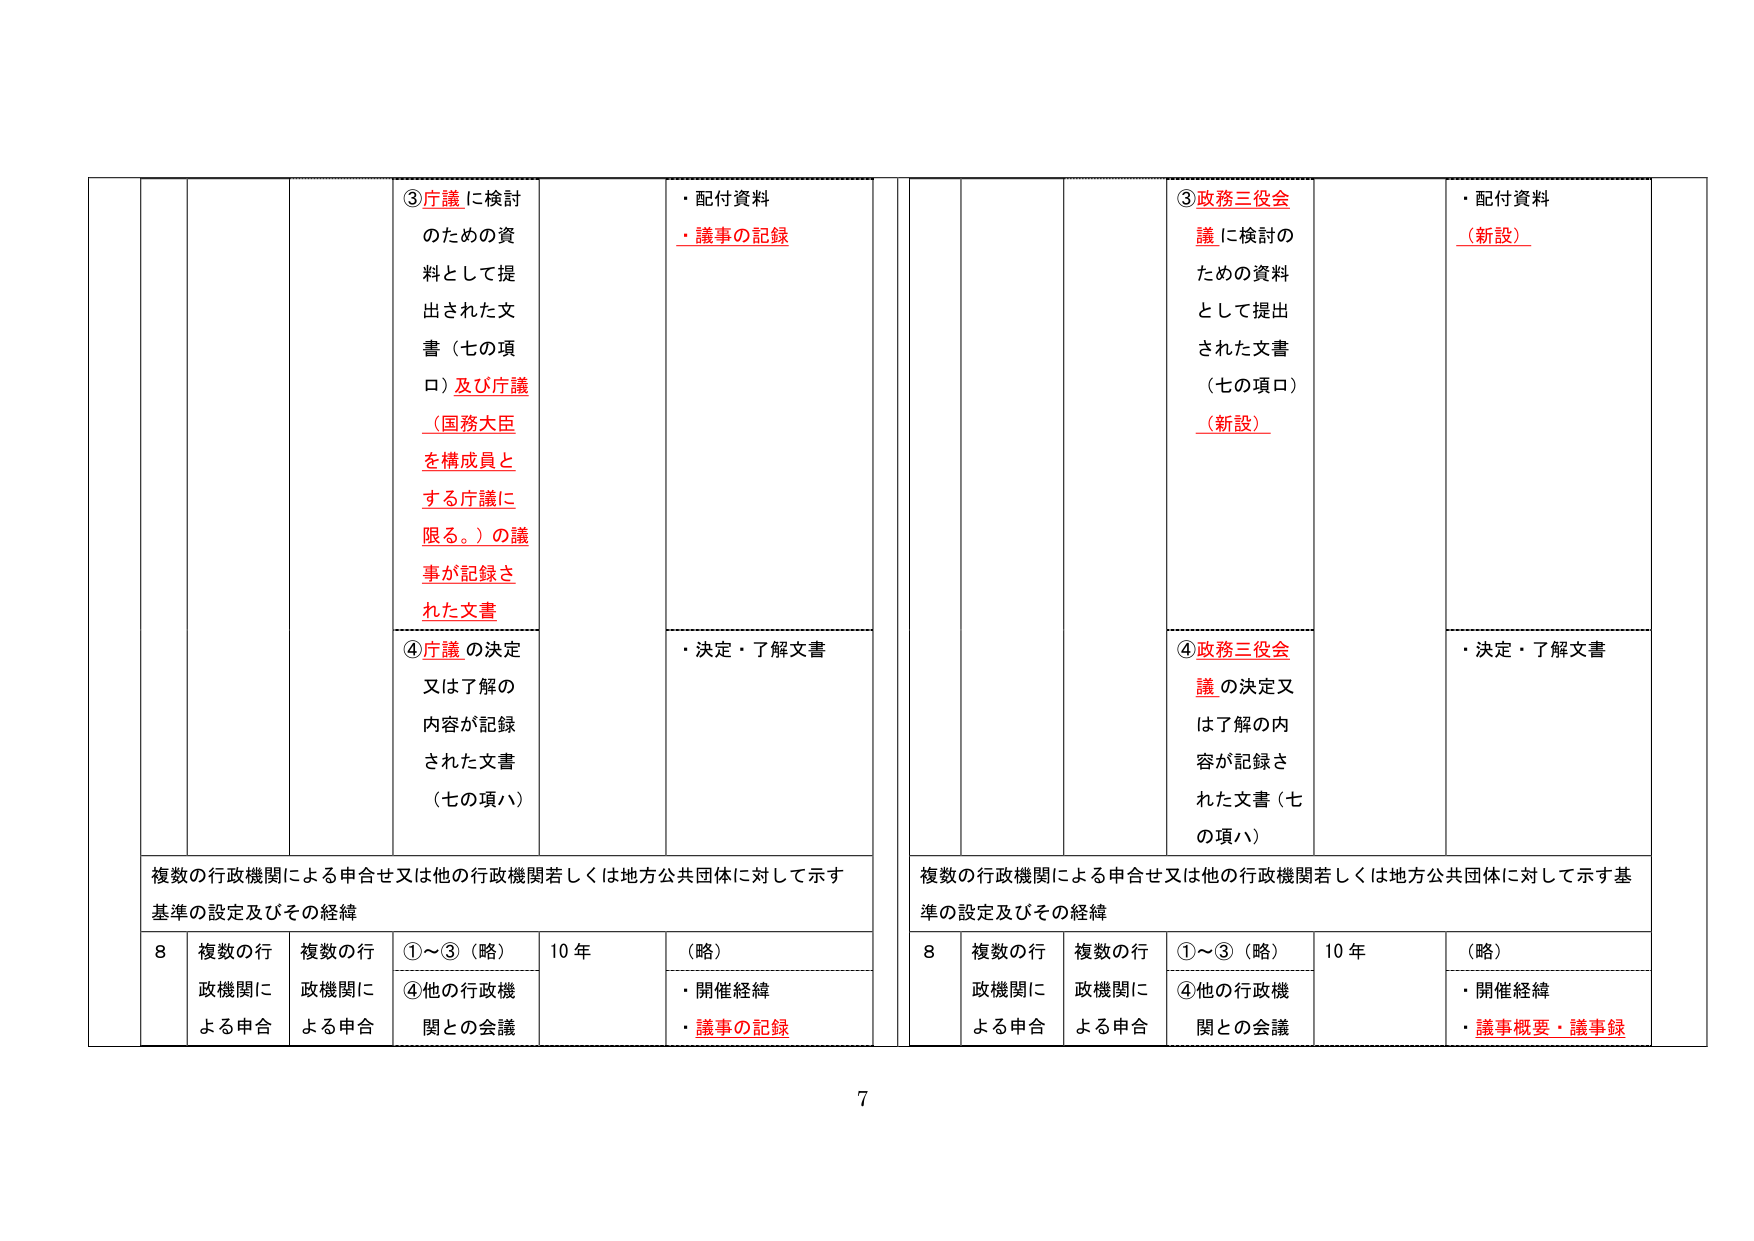
③庁議に検討
のための資料として提出された文書（七の項口）及び庁議（国務大臣を構成員とする庁議に限る。）の議事が記録された文書

④庁議の決定又は了解の内容が記録された文書（七の項ハ）

・配付資料
・議事の記録

・決定・了解文書

複数の行政機関による申合せ又は他の行政機関若しくは地方公共団体に対して示す基準の設定及びその経緯

8 複数の行政機関による申合
複数の行政機関による申合
①～③（略）
④他の行政機関との会議
10 年
（略）
・開催経緯
・議事の記録

③政務三役会議に検討のための資料として提出された文書（七の項口）（新設）

④政務三役会議の決定又は了解の内容が記録された文書（七の項ハ）

・配付資料（新設）

・決定・了解文書

複数の行政機関による申合せ又は他の行政機関若しくは地方公共団体に対して示す基準の設定及びその経緯

8 複数の行政機関による申合
複数の行政機関による申合
①～③（略）
④他の行政機関との会議
10 年
（略）
・開催経緯
・議事概要・議事録

7